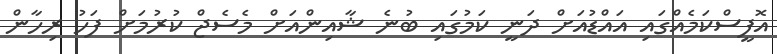
އޮފީސްކަމެއްގައި އައްޑުއަށް ދަނީ ކަމުގައި ބުނެ ޝާއިންއަށް މެސެޖް ކުރުމަށް ފަހު ރިހާން